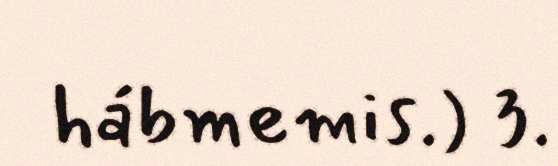
hábmemis.) 3.